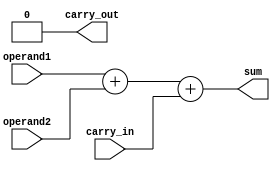
module manchester_carry_chain_adder (
    input wire [3:0] operand1,
    input wire [3:0] operand2,
    input wire carry_in,
    output wire [3:0] sum,
    output wire carry_out
);

wire [3:0] carry;

assign sum = operand1 + operand2 + carry_in;
assign carry = (operand1 + operand2 + carry_in) > 15 ? 1 : 0;
assign carry_out = carry[3];

endmodule